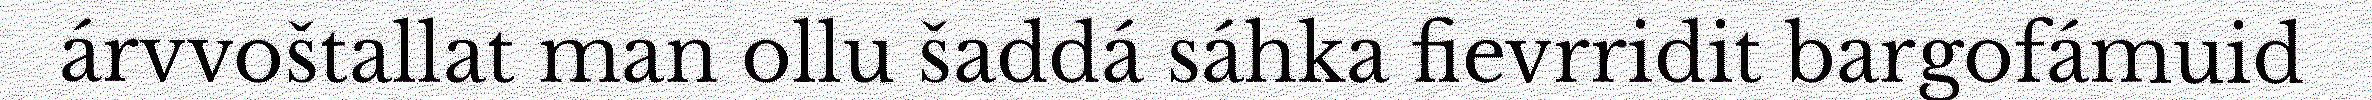
árvvoštallat man ollu šaddá sáhka fievrridit bargofámuid